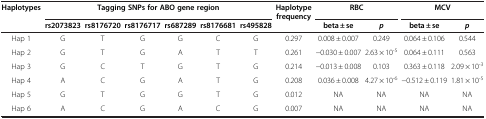
| Haplotypes | <COLSPAN=6> Tagging SNPs for ABO gene region | Haplotype frequency | <COLSPAN=2> RBC | <COLSPAN=2> MCV |
 |  | rs2073823 | rs8176720 | rs8176717 | rs687289 | rs8176681 | rs495828 |  | beta ± se | p | beta ± se | p |
 | --- | --- | --- | --- | --- | --- | --- | --- | --- | --- | --- | --- |
 | Hap 1 | G | T | G | G | C | G | 0.297 | 0.008 ± 0.007 | 0.249 | 0.064 ± 0.106 | 0.544 |
 | Hap 2 | G | T | G | A | T | T | 0.261 | −0.030 ± 0.007 | 2.63 × 10-5 | 0.064 ± 0.111 | 0.563 |
 | Hap 3 | G | C | T | G | T | G | 0.214 | −0.013 ± 0.008 | 0.103 | 0.363 ± 0.118 | 2.09 × 10-3 |
 | Hap 4 | A | C | G | A | T | G | 0.208 | 0.036 ± 0.008 | 4.27 × 10-6 | −0.512 ± 0.119 | 1.81 × 10-5 |
 | Hap 5 | G | T | G | G | T | G | 0.012 | NA | NA | NA | NA |
 | Hap 6 | A | C | G | A | C | G | 0.007 | NA | NA | NA | NA |